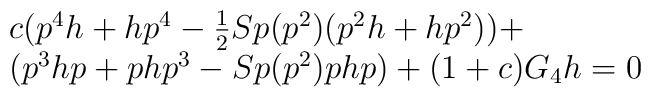
\begin{array}{l} c(p^4 h + hp^4  - \frac{1}{2}Sp(p^2 )(p^2 h + hp^2 )) +  \\ (p^3 hp + php^3  - Sp(p^2 )php) + (1 + c)G_4 h =0\\ \end{array}